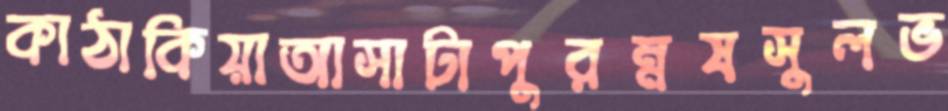
কাঠাকিয়াআসাটাপুরম্নষসুলভ